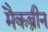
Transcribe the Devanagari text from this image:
मैकब्रीन